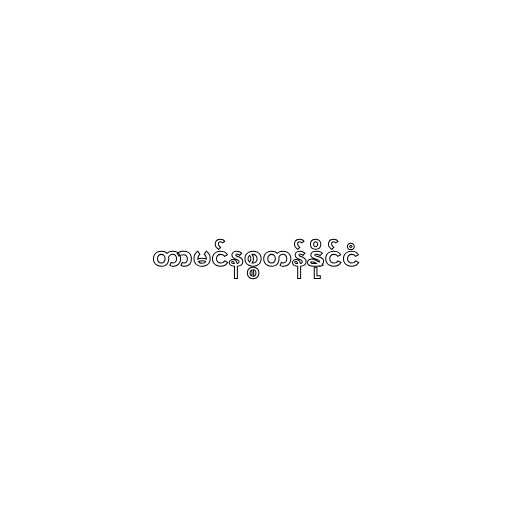
တာမင်နစ္စတန်နိုင်ငံ